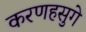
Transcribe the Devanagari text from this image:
करणहसुगे